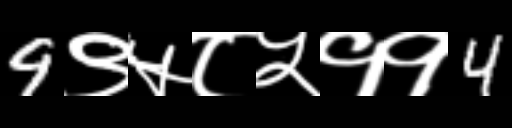
Text: 9९५८५११4